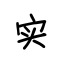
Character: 实